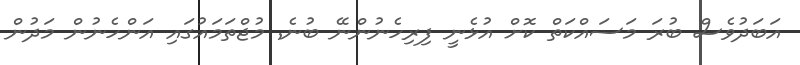
އަބަދުވެސް ބުރަ މަސައްކަތް ކޮށް އުޅެނީ ފިރިހެނުންނޭ ބުނެ